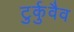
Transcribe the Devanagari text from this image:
टुर्कुवैव